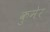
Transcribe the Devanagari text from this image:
कुमेर